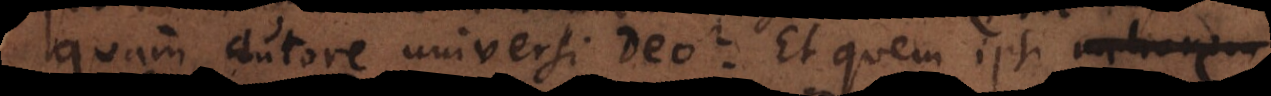
quam autore universi Deo? Et quem ipsi meliorem